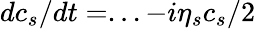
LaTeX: dc_{s}/dt=...-i\eta_{s}c_{s}/2